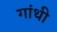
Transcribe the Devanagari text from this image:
गांथी